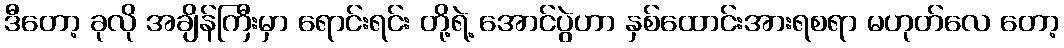
ဒီတော့ ခုလို အချိန်ကြီးမှာ ရောင်းရင်း တို့ရဲ့ အောင်ပွဲဟာ နှစ်ထောင်းအားရစရာ မဟုတ်လေ တော့